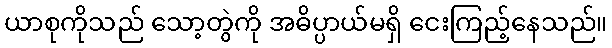
ယာစုကိုသည် သော့တွဲကို အဓိပ္ပာယ်မရှိ ငေးကြည့်နေသည်။